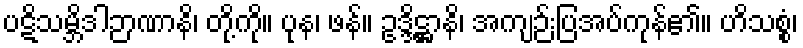
ပဋိသမ္ဘိဒါဉာဏာနိ၊ တို့ကို။ ပုန၊ ဖန်။ ဥဒ္ဒိဋ္ဌာနိ၊ အကျဉ်းပြအပ်ကုန်၏။ ဟိသစ္စံ၊